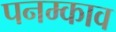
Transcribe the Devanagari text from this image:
पनम्काव